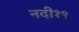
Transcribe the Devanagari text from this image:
नदी१९